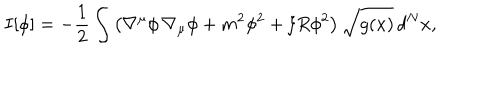
LaTeX: I [ \phi ] = - { \frac { 1 } { 2 } } \int \left( \nabla ^ { \mu } \phi \, \nabla _ { \mu } \phi + m ^ { 2 } \phi ^ { 2 } + \xi R \phi ^ { 2 } \right) \sqrt { g ( x ) } \, d ^ { N } x ,